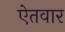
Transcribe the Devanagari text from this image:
ऐतवार